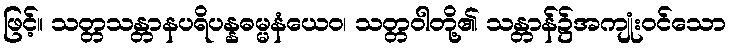
ဖြင့်။ သတ္တသန္တာနပရိပန္နဓမ္မနံယေဝ၊ သတ္တဝါတို့၏ သန္တာန်၌အကျုံးဝင်သော